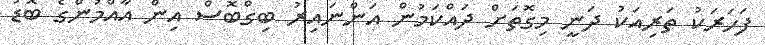
ފަހަރަކު ތަރިއަކު ދަނީ މިގޮތަށް ދައްކަމުން އަންނައިރު ބިގްބޮސް އިން އާއްމުންގެ ބޮޑު